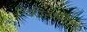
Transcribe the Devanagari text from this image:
अग्निबाहु